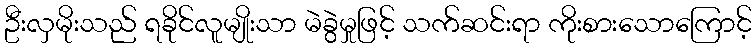
ဦးလှမိုးသည် ရခိုင်လူမျိုးသာ မဲခွဲမှုဖြင့် သက်ဆင်းရာ ကိုးစားသောကြောင့်